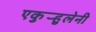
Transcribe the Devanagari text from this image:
एकुर्‍हुलेनी